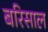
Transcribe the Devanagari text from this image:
बरिसाल